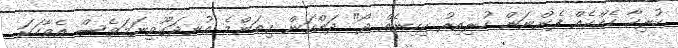
ހުރިހާ ހެއްކެއް ފެންނަން ހުރިއިރު ކިހިނެއް ދޯ" ދައްކަން ކިތަންމެ އުނދަގޫވިނަމަވެސް އެވާހަކަ